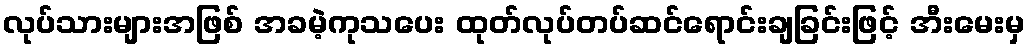
လုပ်သားများအဖြစ် အခမဲ့ကုသပေး ထုတ်လုပ်တပ်ဆင်ရောင်းချခြင်းဖြင့် အီးမေးမှ